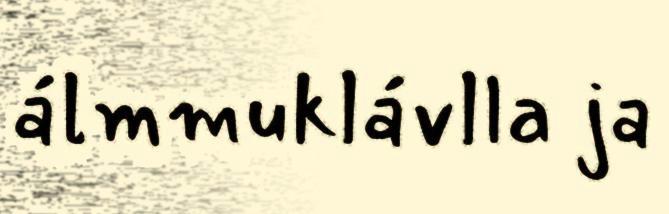
álmmuklávlla ja